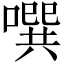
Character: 噀